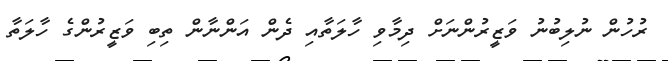
ރުހުން ނުލިބުނު ވަޒީރުންނަށް ދިމާވި ހާލަތާއި ދެން އަންނާން ތިބި ވަޒީރުންގެ ހާލަތާ